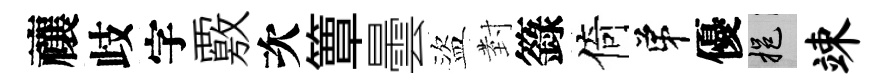
禳歧字覈次簟曇盜𭔹籙倚弟優挹竦